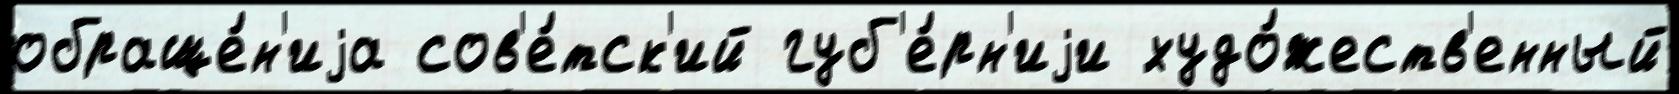
обраще́н'иjа сов'е́тск'ий губ'е́рн'иjи худо́жеств'енный